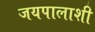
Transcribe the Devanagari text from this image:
जयपालाशी